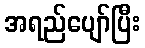
အရည်ပျော်ပြီး